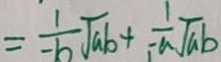
= \frac { 1 } { - b } \sqrt { a b } + \frac { 1 } { - a } \sqrt { a b }